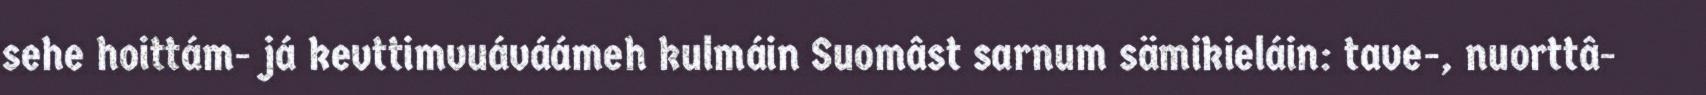
sehe hoittám- já kevttimvuáváámeh kulmáin Suomâst sarnum sämikieláin: tave-, nuorttâ-